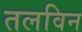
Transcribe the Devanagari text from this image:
तलविन